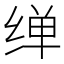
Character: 𦈎